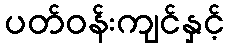
ပတ်ဝန်းကျင်နှင့်